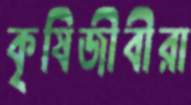
কৃষিজীবীরা